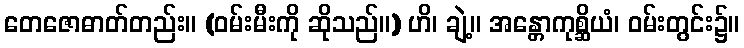
တေဇောဓာတ်တည်း။ (ဝမ်းမီးကို ဆိုသည်။) ဟိ၊ ချဲ့။ အန္တောကုစ္ဆိယံ၊ ဝမ်းတွင်း၌။